Source: Handwritten
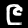
Digit: ၉ (9)